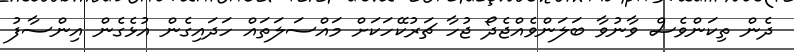
ދެން ތިކަންވެސް ވާނުވާ ބަލަންވެއްޖެދޯ ޖުހާ ޗަރުކޭހަކަށް މައްސަލަތައް ހަދައިގެން އުޅެގެން އިންސާފު